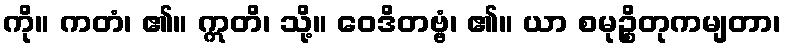
ကို။ ကတံ၊ ၏။ ဣတိ၊ သို့။ ဝေဒိတဗ္ဗံ၊ ၏။ ယာ စမုဉ္စိတုကမျတာ၊